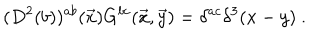
LaTeX: ( D ^ { 2 } ( b ) ) ^ { a b } ( { \vec { x } } ) G ^ { b c } ( \vec { x } , \vec { y } ) = \delta ^ { a c } \delta ^ { 3 } ( x - y ) ~ .